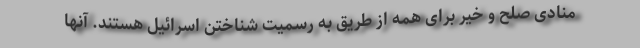
منادی صلح و خیر برای همه از طریق به رسمیت شناختن اسرائیل هستند. آنها